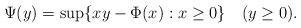
LaTeX: \begin{align*}\Psi(y)=\sup\{xy-\Phi(x):x\ge0\}\quad(y\geq 0).\end{align*}